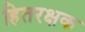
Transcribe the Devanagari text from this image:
हितरक्षक